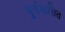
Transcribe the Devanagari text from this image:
पुर्नवासित